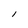
Character: l